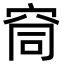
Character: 䆚